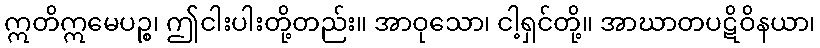
ဣတိဣမေပဉ္စ၊ ဤငါးပါးတို့တည်း။ အာဝုသော၊ ငါ့ရှင်တို့။ အာဃာတပဋိဝိနယာ၊